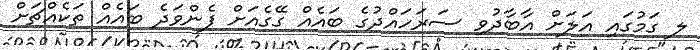
ލ ގަމުގައި އަލަށް އާބާދުވި ސަރަހައްދުގެ ބައެއް ގޭގެއަށް ފެންވަދެ ބައެއް ތަކެއްޗަށް